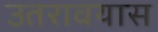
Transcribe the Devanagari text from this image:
उतरावयास